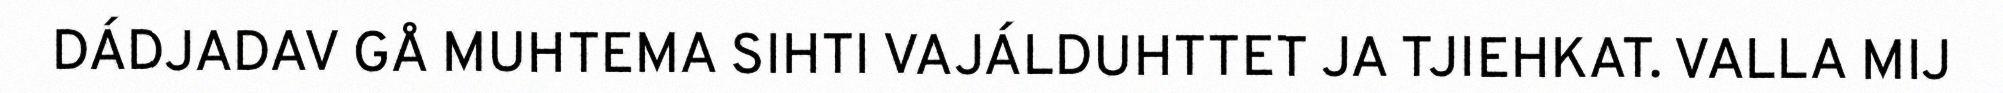
DÁDJADAV GÅ MUHTEMA SIHTI VAJÁLDUHTTET JA TJIEHKAT. VALLA MIJ